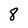
Character: 8